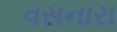
વસનારા